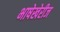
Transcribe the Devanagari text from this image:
भाषेखेरीज